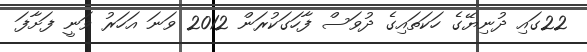
22ގައި ދުނިޔޭގެ ހަކަތައިގެ ދުވަސް ފާހަގަކުރަން 2012 ވަނަ އަހަރު ވަނީ ފަށާފަ